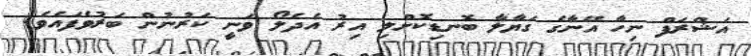
އަޝްރަފް ނިހާ އޭނާގެ ގަޔާލާ ބޮނޑިކޮށްލި އިރު އެދެލޯ ވަނީ ކަރުނުން ބަރުވެފައެވެ.